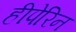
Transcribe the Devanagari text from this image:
हीपेरिन